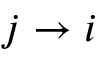
j \rightarrow i